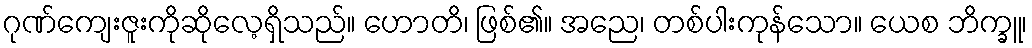
ဂုဏ်ကျေးဇူးကိုဆိုလေ့ရှိသည်။ ဟောတိ၊ ဖြစ်၏။ အညေ၊ တစ်ပါးကုန်သော။ ယေစ ဘိက္ခူ၊